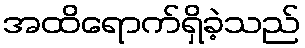
အထိရောက်ရှိခဲ့သည်